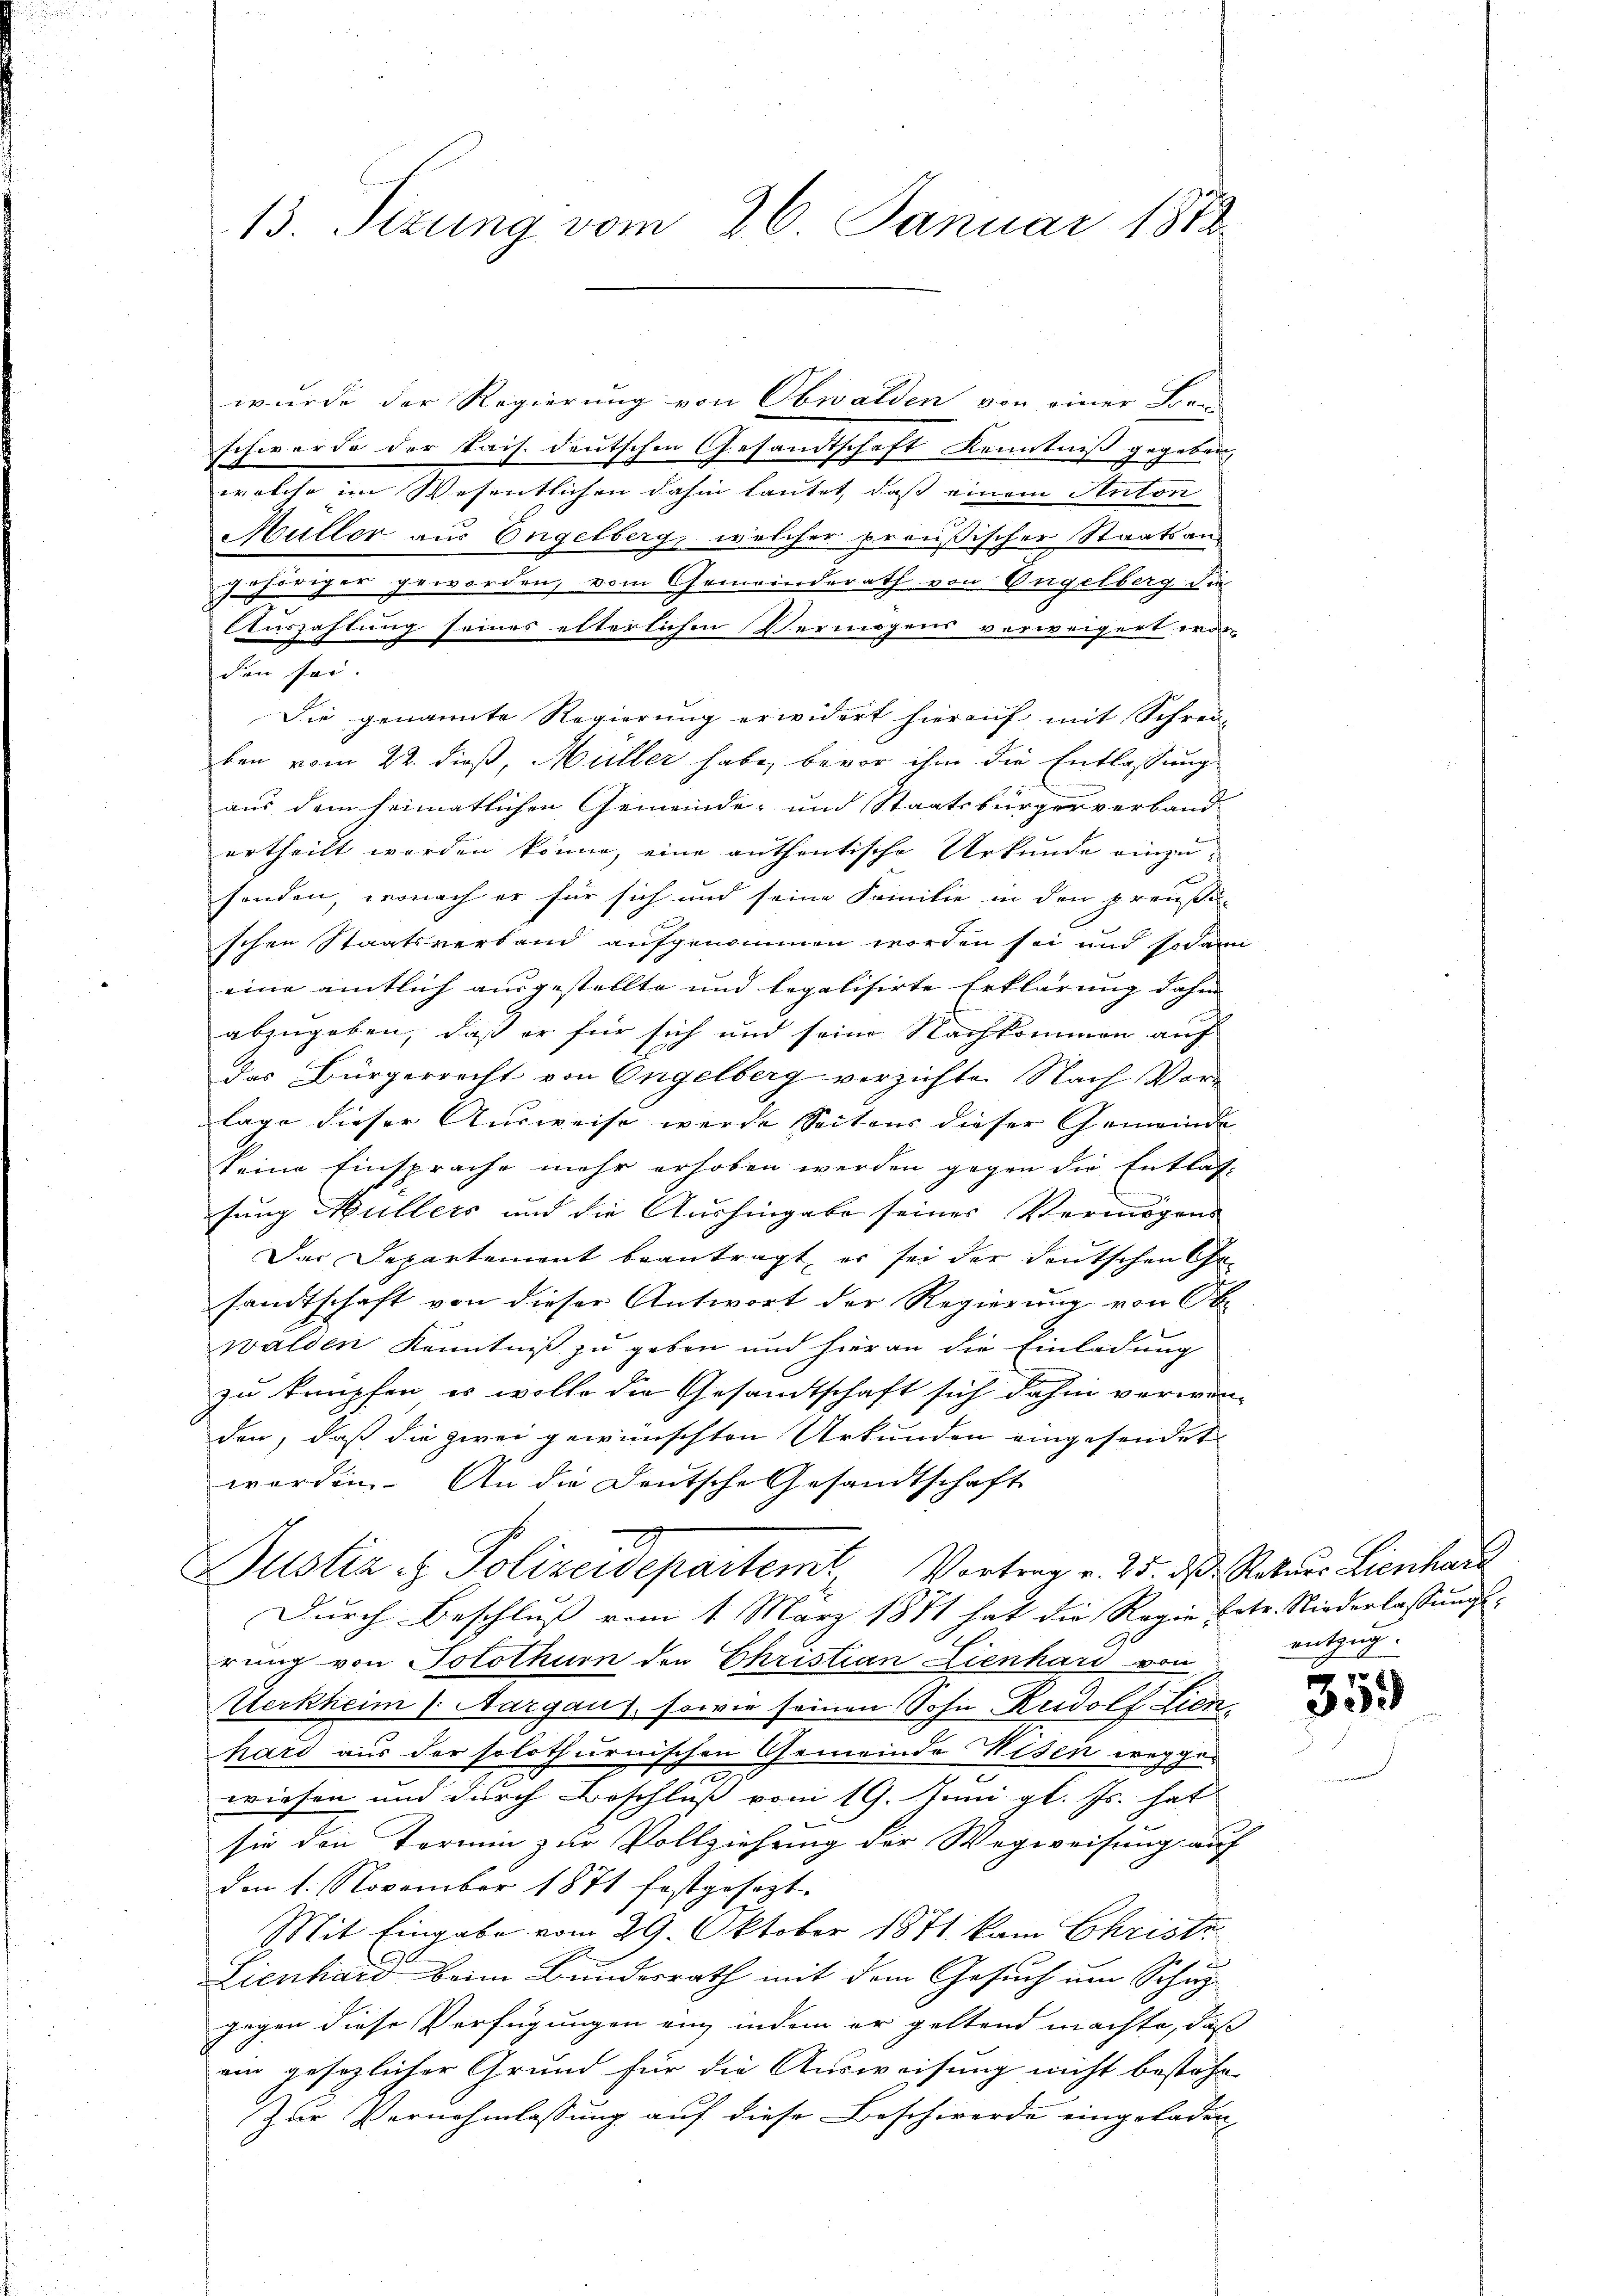
13. Fezung vom 26. Januar 1882

wurde der Regierung von Obwalden von einer Be-
schwerde der kais. deutschen Gesandtschaft Kenntniß gegeben,
welche im Wesentlichen dahin lautet, daß einem Anton
Müller aus Engelberg, welcher preußischer Staatsan-
gehöriger geworden, vom Gemeinderath von Ungelberg die
Auszahlung seines elterlichen Vermögens verweigert war
den sei.
Die genannte Regierung erwidert hierauf mit Schrei-
ben vom 22. dieß, Müller habe, bevor ihm die Entlassung
aus dem heimatlichen Gemeinde- und Staatsbürgerverband
ertheilt werden könne, eine authentische Urkunde einzusenden, wonach er für sich und seine Familie in den preußi
schen Staatsverband aufgenommen worden sei und sodann
eine amtlich ausgestellte und legalisirte Erklärung dahin |
abzugeben, daß er für sich und seine Nachkommen auf
das Bürgerrecht von Engelberg verzichten Nach Verlage dieser Ausweise wurde Seitens dieser Gemeinde
keine Einsprache mehr erhoben werden gegen die Entlasfung Müllers und die Aushingabe seiner Vermögens
Das Departement beantragt, er sei der deutschen Gesandtschaft von dieser Antwort der Regierung von Ob
walden Kenntniß zu geben und hieran die Einladung
zu knüpfen, es wolle die Gesandtschaft sich dahin verwen-
den, daß die zwei gewünschten Urkunden eingesendet
worden. An die Deutsche Gesandtschaft
Justiz & Polizeidepartem Vortrag v. 25. dß. Naturr Lienhard
Durch Beschluß vom 1. März 1881 hat die Regie betr. Niederlassungsrung von Solothurn der Ehristian Lienhard von
Uerkheim (Aargau), sowie seinen Sohn Rudolf Lien
hard aus der solothurnischen Gemeinde Wesen wegger
n
wiesen und durch Beschluß vom 19. Juni gl. Js. hat
sie den Termin zur Vollziehung der Wegweisung auf
den 1. November 1871 festgesezt
Mit Eingabe vom 29. Oktober 1871 kam Christi
Lienhard beim Bundesrath mit dem Gesuch um Schäz
gegen diese Verfügungen ein, indem er geltend machte, daß
ein gesezlicher Grund für die Ausweisung nicht bestehe
Zur Vernehmlassung auf diese Beschwerde eingeladen |

entzug.

359